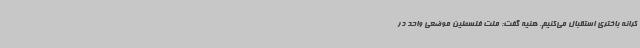
کرانه باختری استقبال می‌کنیم. هنیه گفت: ملت فلسطین موضعی واحد در